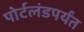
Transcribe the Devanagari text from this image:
पोर्टलंडपर्यंत